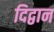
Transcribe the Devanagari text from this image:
दिद्वान